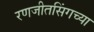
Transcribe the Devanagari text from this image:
रणजीतसिंगच्या